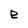
Character: e